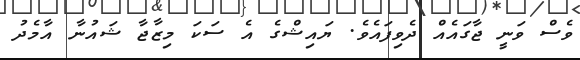
ވެސް ވަނީ ޖާގައެއް ދެވިފައެވެ. ޔައިޝްްގެ އެ ސަކަ މިޒާޖާ ޝައުނާ އާމެދު